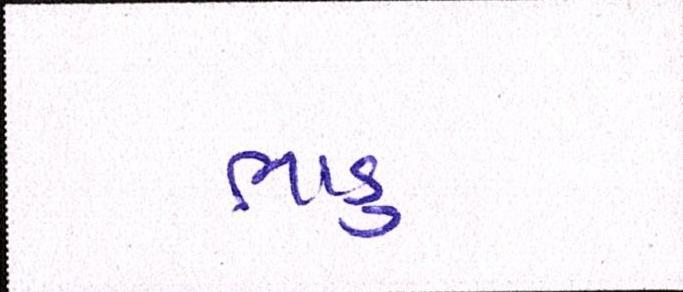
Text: ભાડુ